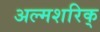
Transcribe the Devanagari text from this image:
अल्मशरिक्